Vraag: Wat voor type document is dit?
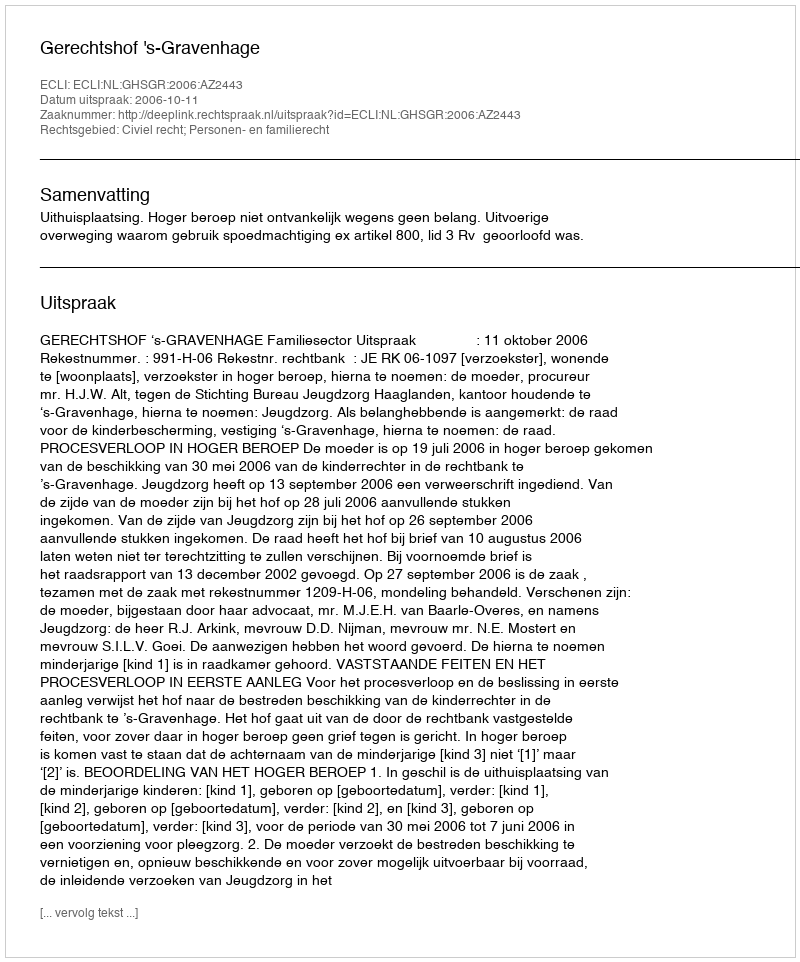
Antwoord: Uitspraak